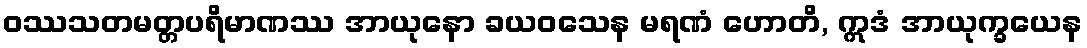
ဝဿသတမတ္တပရိမာဏဿ အာယုနော ခယဝသေန မရဏံ ဟောတိ, ဣဒံ အာယုက္ခယေန